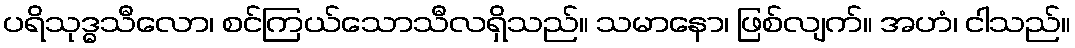
ပရိသုဒ္ဓသီလော၊ စင်ကြယ်သောသီလရှိသည်။ သမာနော၊ ဖြစ်လျက်။ အဟံ၊ ငါသည်။